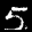
Label: 5